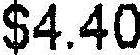
$4.40